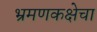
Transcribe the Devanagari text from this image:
भ्रमणकक्षेचा